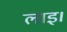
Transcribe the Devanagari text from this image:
लाइ।